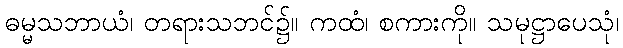
ဓမ္မသဘာယံ၊ တရားသဘင်၌။ ကထံ၊ စကားကို။ သမုဋ္ဌာပေသုံ၊